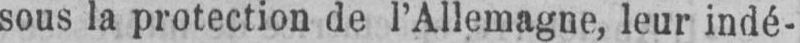
sous la protection de l’Allemagne, leur indé-